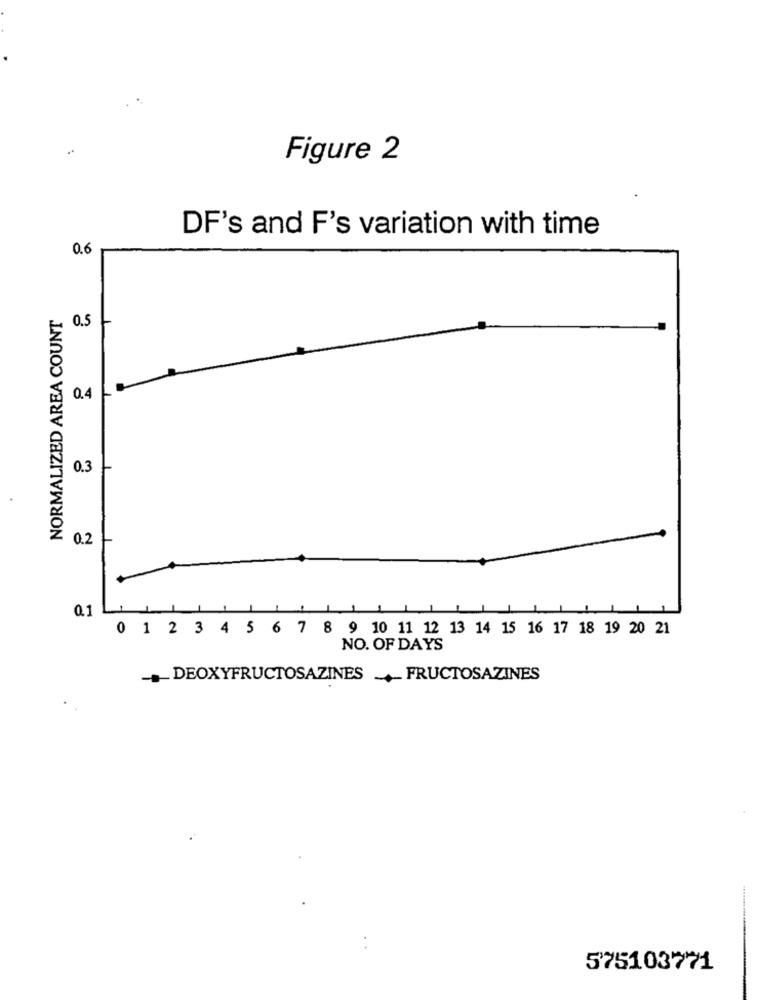
Figure 2
DF's and F's variation with time
0.6
NORMALIZED AREA COUNT
0.5
0.4
0.3
0.2
0.1
0 1 2 3 4 5 6 7 8 9 10 11 12 13 14 15 16 17 18 19 20 21
NO. OF DAYS
·_ DEOXYFRUCTOSAZINES + FRUCTOSAZINES
575103771